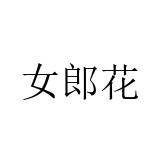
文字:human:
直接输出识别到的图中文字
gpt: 女郎花